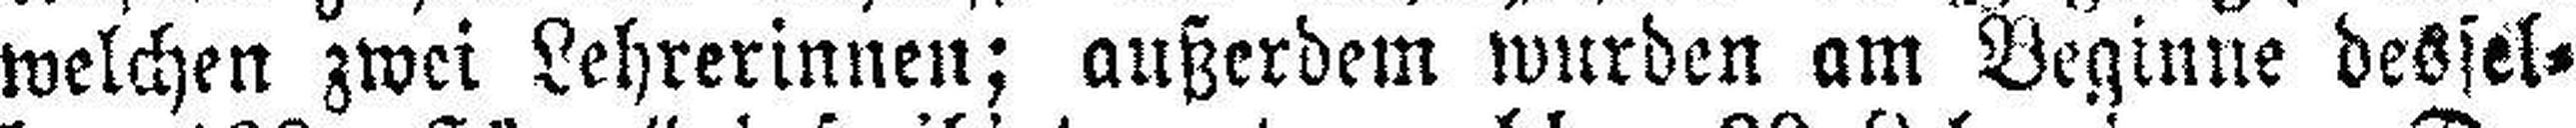
welchen zwei Lehrerinnen; außerdem wurden am Beginne dessel¬